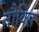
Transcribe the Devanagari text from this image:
तौक्सि